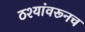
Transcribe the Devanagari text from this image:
ठश्यांवरूनच